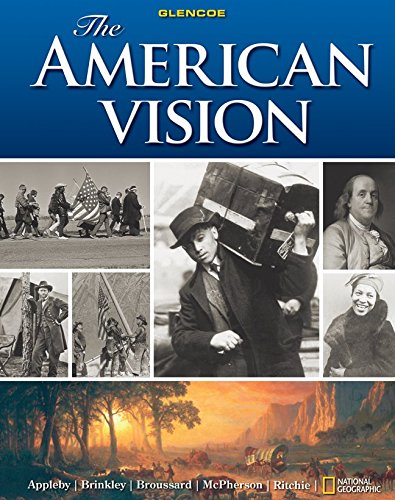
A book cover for The American Vision; Joyce Appleby; Teen & Young Adult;